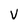
Character: V